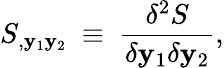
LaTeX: S_{,\mathbf{y}_{1}\mathbf{y}_{2}}~\equiv~{\frac{{\delta^{2}S}}{{\delta\mathbf{y}_{1}\delta\mathbf{y}_{2}}}},